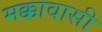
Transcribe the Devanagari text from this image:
मक्कावासी